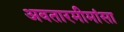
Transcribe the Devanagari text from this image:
अवतारमीमांसा